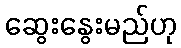
ဆွေးနွေးမည်ဟု